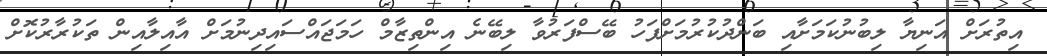
އިތުރަށް އަނިޔާ ލިބުނުކަމަށާއި ބަންދުކުރުމަށްފަހު ބޭސްފަރުވާ ލިބޭނެ އިންތިޒާމް ހަމަޖައްސައިދިނުމަށް އާއިލާއިން ތަކުރާރުކޮށް